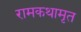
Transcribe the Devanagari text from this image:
रामकथामृत